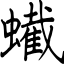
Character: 蠘